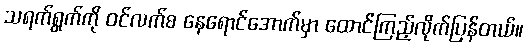
သရက်ရွက်ကို ဝင်လက်စ နေရောင်အောက်မှာ ထောင်ကြည့်လိုက်ပြန်တယ်။